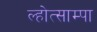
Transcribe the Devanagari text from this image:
ल्होत्साम्पा